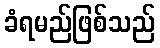
ခံရမည်ဖြစ်သည်